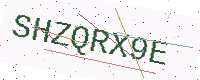
Text: SHZQRX9E